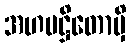
အဟမဋ္ဌိတောမှိ